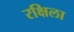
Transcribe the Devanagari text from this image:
रक्षिला